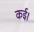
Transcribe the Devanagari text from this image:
कई।